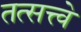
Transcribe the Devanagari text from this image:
तत्सत्त्वे